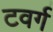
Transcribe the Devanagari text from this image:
टवर्ग